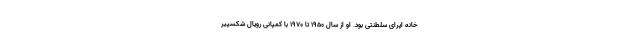
خانه اپرای سلطنتی بود. او از سال ۱۹۵۰ تا ۱۹۷۰ با کمپانی رویال شکسپیر